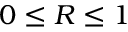
0 \leq R \leq 1